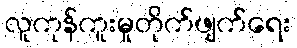
လူကုန်ကူးမှုတိုက်ဖျက်ရေး